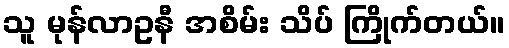
သူ မုန်လာဥနီ အစိမ်း သိပ် ကြိုက်တယ်။